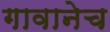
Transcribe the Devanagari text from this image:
गावानेच